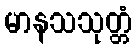
မာနသသုတ္တံ